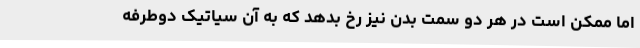
اما ممکن است در هر دو سمت بدن نیز رخ بدهد که به آن سیاتیک دوطرفه